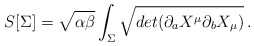
\begin{align*}S[\Sigma ] = \sqrt{\alpha \beta } \int_{\Sigma} \sqrt{ det(\partial_{a}X^{\mu}\partial_{b}X_{\mu})} \, .\end{align*}